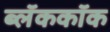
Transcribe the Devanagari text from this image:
ब्लॅककॉक